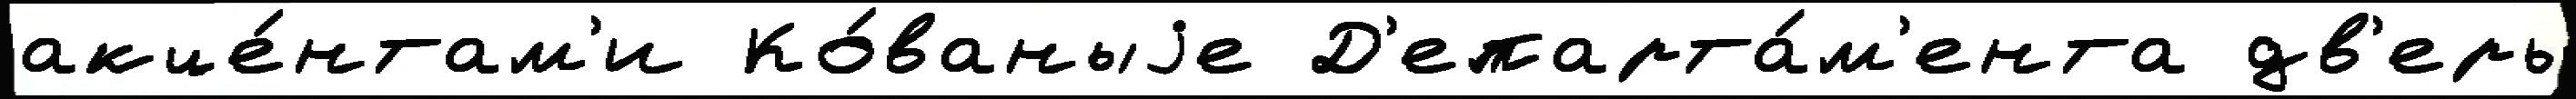
акце́нтам'и Ко́ваныjе Д'епарта́м'ента дв'ерь